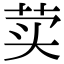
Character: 荬